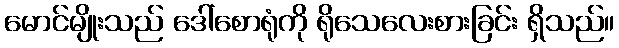
မောင်မျိုးသည် ဒေါ်စောရုံကို ရိုသေလေးစားခြင်း ရှိသည်။